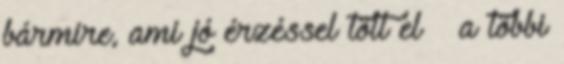
bármire, ami jó érzéssel tölt el – a többi